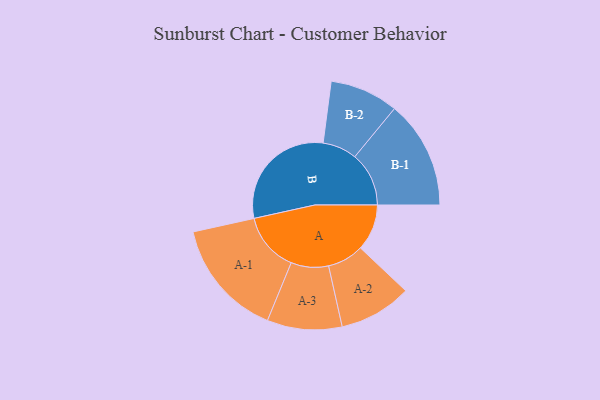
{"axis": {"x": "Segment", "y": "Value"}, "legend": ["", "A", "B"], "data": [{"x": "A", "y": 176, "type": ""}, {"x": "B", "y": 446, "type": ""}, {"x": "A-1", "y": 224, "type": "A"}, {"x": "A-2", "y": 138, "type": "A"}, {"x": "A-3", "y": 142, "type": "A"}, {"x": "B-1", "y": 205, "type": "B"}, {"x": "B-2", "y": 130, "type": "B"}]}